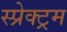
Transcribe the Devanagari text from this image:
स्प्रेक्ट्रम